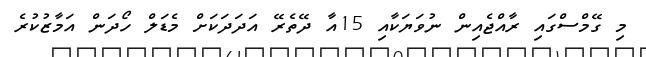
މި ގޭމްސްގައި ރާއްޖެއިން ނުވަޔަކާއި 15އާ ދޭތެރޭ އަދަދަކަށް މެޑަލް ހޯދަން އަމާޒުކުރެ